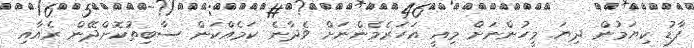
ފާޑު ކިޔަމުން ދިޔަ މީހުންނަށް މިއީ އަހަރެމެންނަށް ވެދާނެ ކަމެއްކަން ސާބިތުކޮށްދޭން ރެއާއި